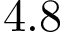
4 . 8